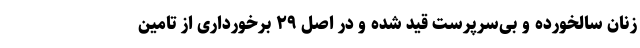
زنان سالخورده و بی‌سرپرست قید شده و در اصل ۲۹ برخورداری از تامین